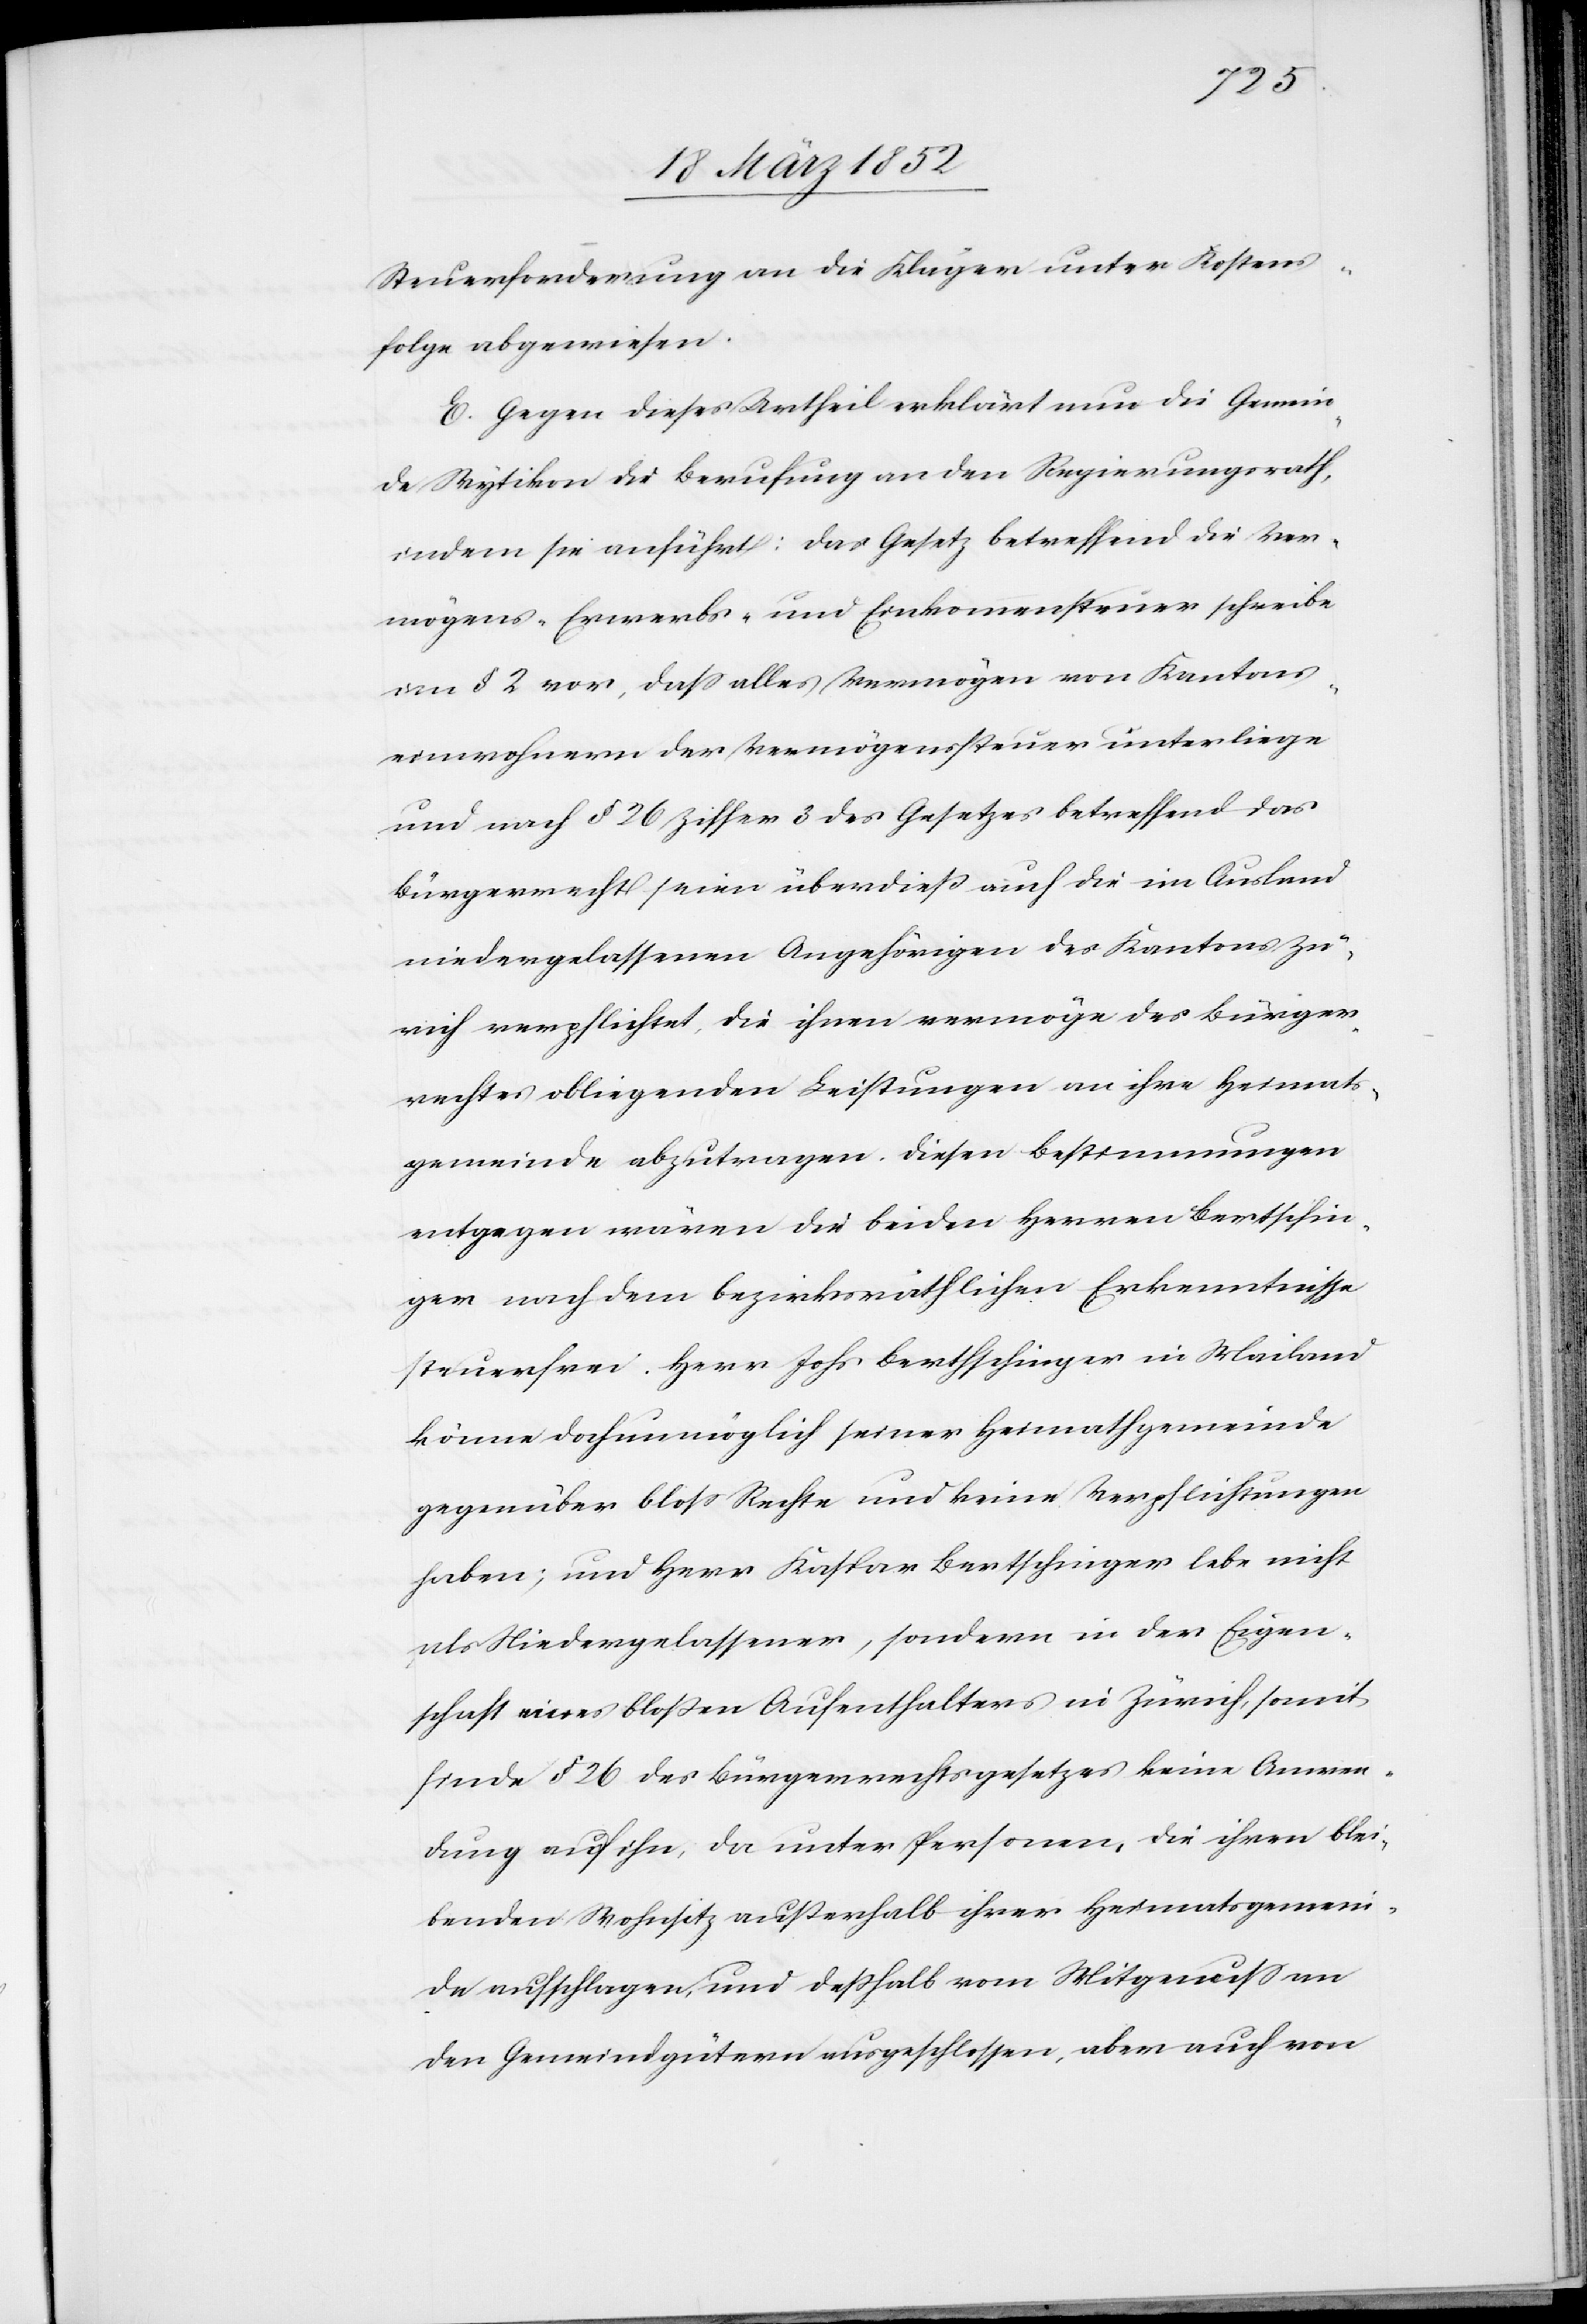
Steuerforderung an die Kläger unter Kostens¬
folge abgewiesen.
E. Gegen dieses Urtheil erklärt nun die Gemein¬
de Wytikon die Berufung an den Regierungsrath,
indem sie anführt: das Gesetz betreffend die Ver¬
mögens-Erwerbs- und Einkommenssteuer schreibe
im § 2 vor, daß alles Vermögen von Kantons¬
einwohnern der Vermögenssteuer unterliege
und nach § 26 Ziffer 3 des Gesetzes betreffend das
Bürgerrecht seien überdieß auch die im Ausland
niedergelassenen Angehörigen des Kantons Zü¬
rich verpflichtet, die ihnen vermöge des Bürger¬
rechtes obliegenden Leistungen an ihre Heimats¬
gemeinde abzutragen. Diesen Bestimmungen
entgegen wären die beiden Herren Bertschin¬
ger nach dem bezirksräthlichen Erkenntnisse
steuerfrei. Herr Johs Bertschinger in Mailand
könne doch unmöglich seiner Heimathgemeinde
gegenüber bloß Rechte und keine Verpflichtungen
haben; und Herr Kaspar Bertschinger lebe nicht
als Niedergelassener, sondern in der Eigen¬
schaft eines bloßen Aufenthaltes in Zürich, somit
finde § 26 des Bürgerrechtsgesetzes keine Anwen¬
dung auf ihn, da unter Personen, die ihren blei¬
benden Wohnsitz außerhalb ihrer Heimatsgemein¬
de aufschlagen, und deßhalb vom Mitgenuß an
den Gemeindgütern ausgeschlossen, aber auch von